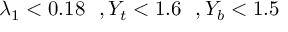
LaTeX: \lambda _ { 1 } < 0 . 1 8 \, \, \, \, , Y _ { t } < 1 . 6 \, \, \, \, , Y _ { b } < 1 . 5